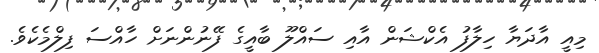
މިއީ އާދަޔާ ހިލާފު އެކްޝަން އާއި ސައްލޫ ބާއީގެ ފޭނުންނަށް ހާއްސަ ފިލްމެކެވެ.